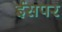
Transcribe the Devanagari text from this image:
ईसपर